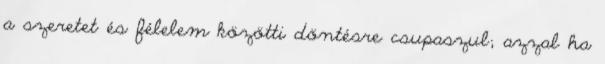
a szeretet és félelem közötti döntésre csupaszul; azzal ha